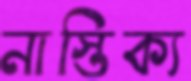
নাস্তিক্য